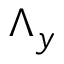
\Lambda _ { y }